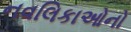
નવલિકાઓનો